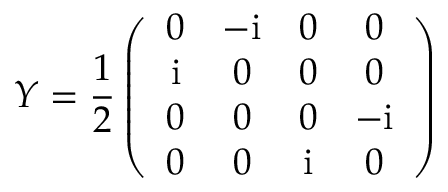
Y = \frac { 1 } { 2 } \left( \begin{array} { c c c c } { { 0 } } & { { - \mathrm { i } } } & { { 0 } } & { { 0 } } \\ { { \mathrm { i } } } & { { 0 } } & { { 0 } } & { { 0 } } \\ { { 0 } } & { { 0 } } & { { 0 } } & { { - \mathrm { i } } } \\ { { 0 } } & { { 0 } } & { { \mathrm { i } } } & { { 0 } } \end{array} \right)